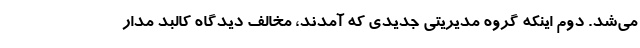
می‌شد. دوم اینکه گروه مدیریتی جدیدی که آمدند، مخالف دیدگاه کالبد مدار